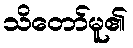
သိတော်မူ၏